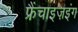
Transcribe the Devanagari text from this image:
फ्रैंचाइज़इंग